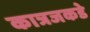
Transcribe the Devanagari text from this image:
कात्रजकडे